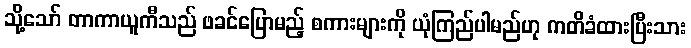
သို့သော် တာကာယူကီသည် ဖခင်ပြောမည့် စကားများကို ယုံကြည်ပါမည်ဟု ကတိခံထားပြီးသား